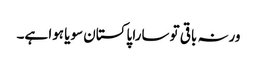
ورنہ باقی تو سارا پاکستان سویا ہوا ہے۔